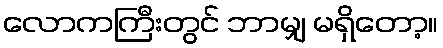
လောကကြီးတွင် ဘာမျှ မရှိတော့။